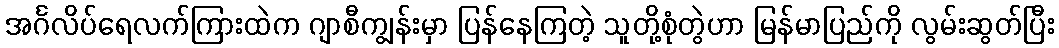
အင်္ဂလိပ်ရေလက်ကြားထဲက ဂျာစီကျွန်းမှာ ပြန်နေကြတဲ့ သူတို့စုံတွဲဟာ မြန်မာပြည်ကို လွမ်းဆွတ်ပြီး